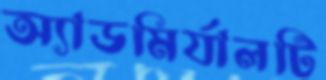
অ্যাডমির্যালটি